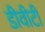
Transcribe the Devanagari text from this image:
डीवीटी